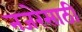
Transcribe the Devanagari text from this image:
नजरेसाठी